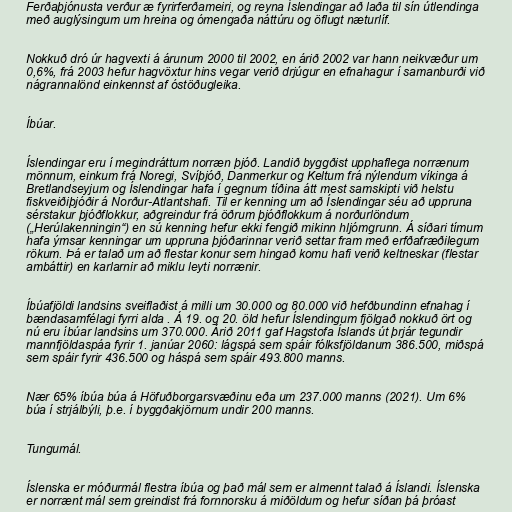
Ferðaþjónusta verður æ fyrirferðameiri, og reyna Íslendingar að laða til sín útlendinga
með auglýsingum um hreina og ómengaða náttúru og öflugt næturlíf.

Nokkuð dró úr hagvexti á árunum 2000 til 2002, en árið 2002 var hann neikvæður um
0,6%, frá 2003 hefur hagvöxtur hins vegar verið drjúgur en efnahagur í samanburði við
nágrannalönd einkennst af óstöðugleika.

Íbúar.

Íslendingar eru í megindráttum norræn þjóð. Landið byggðist upphaflega norrænum
mönnum, einkum frá Noregi, Svíþjóð, Danmerkur og Keltum frá nýlendum víkinga á
Bretlandseyjum og Íslendingar hafa í gegnum tíðina átt mest samskipti við helstu
fiskveiðiþjóðir á Norður-Atlantshafi. Til er kenning um að Íslendingar séu að uppruna
sérstakur þjóðflokkur, aðgreindur frá öðrum þjóðflokkum á norðurlöndum
(„Herúlakenningin“) en sú kenning hefur ekki fengið mikinn hljómgrunn. Á síðari tímum
hafa ýmsar kenningar um uppruna þjóðarinnar verið settar fram með erfðafræðilegum
rökum. Þá er talað um að flestar konur sem hingað komu hafi verið keltneskar (flestar
ambáttir) en karlarnir að miklu leyti norrænir.

Íbúafjöldi landsins sveiflaðist á milli um 30.000 og 80.000 við hefðbundinn efnahag í
bændasamfélagi fyrri alda . Á 19. og 20. öld hefur Íslendingum fjölgað nokkuð ört og
nú eru íbúar landsins um 370.000. Árið 2011 gaf Hagstofa Íslands út þrjár tegundir
mannfjöldaspáa fyrir 1. janúar 2060: lágspá sem spáir fólksfjöldanum 386.500, miðspá
sem spáir fyrir 436.500 og háspá sem spáir 493.800 manns.

Nær 65% íbúa búa á Höfuðborgarsvæðinu eða um 237.000 manns (2021). Um 6%
búa í strjálbýli, þ.e. í byggðakjörnum undir 200 manns.

Tungumál.

Íslenska er móðurmál flestra íbúa og það mál sem er almennt talað á Íslandi. Íslenska
er norrænt mál sem greindist frá fornnorsku á miðöldum og hefur síðan þá þróast